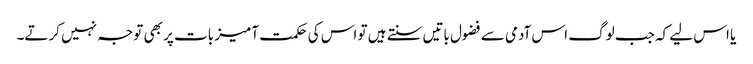
یا اس لیے کہ جب لوگ اس آدمی سے فضول باتیں سنتے ہیں تو اس کی حکمت آمیز بات پر بھی توجہ نہیں کرتے۔